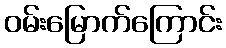
ဝမ်းမြောက်ကြောင်း